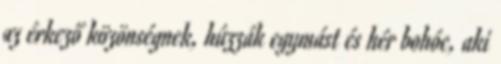
az érkező közönségnek, húzzák egymást és hér bohóc, aki